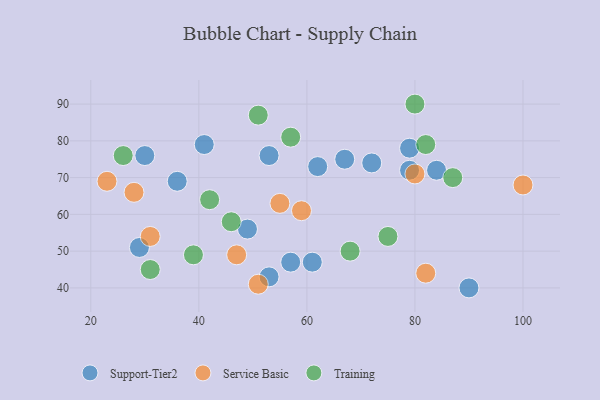
{"axis": {"x": "GDP", "y": "Life Expectancy"}, "legend": ["Service Basic", "Support-Tier2", "Training"], "data": [{"x": "53", "y": 43, "type": "Support-Tier2"}, {"x": "61", "y": 47, "type": "Support-Tier2"}, {"x": "36", "y": 69, "type": "Support-Tier2"}, {"x": "67", "y": 75, "type": "Support-Tier2"}, {"x": "53", "y": 76, "type": "Support-Tier2"}, {"x": "30", "y": 76, "type": "Support-Tier2"}, {"x": "72", "y": 74, "type": "Support-Tier2"}, {"x": "79", "y": 78, "type": "Support-Tier2"}, {"x": "79", "y": 72, "type": "Support-Tier2"}, {"x": "49", "y": 56, "type": "Support-Tier2"}, {"x": "57", "y": 47, "type": "Support-Tier2"}, {"x": "90", "y": 40, "type": "Support-Tier2"}, {"x": "29", "y": 51, "type": "Support-Tier2"}, {"x": "41", "y": 79, "type": "Support-Tier2"}, {"x": "84", "y": 72, "type": "Support-Tier2"}, {"x": "62", "y": 73, "type": "Support-Tier2"}, {"x": "59", "y": 61, "type": "Service Basic"}, {"x": "80", "y": 71, "type": "Service Basic"}, {"x": "47", "y": 49, "type": "Service Basic"}, {"x": "82", "y": 44, "type": "Service Basic"}, {"x": "51", "y": 41, "type": "Service Basic"}, {"x": "28", "y": 66, "type": "Service Basic"}, {"x": "31", "y": 54, "type": "Service Basic"}, {"x": "100", "y": 68, "type": "Service Basic"}, {"x": "23", "y": 69, "type": "Service Basic"}, {"x": "55", "y": 63, "type": "Service Basic"}, {"x": "31", "y": 45, "type": "Training"}, {"x": "26", "y": 76, "type": "Training"}, {"x": "82", "y": 79, "type": "Training"}, {"x": "80", "y": 90, "type": "Training"}, {"x": "57", "y": 81, "type": "Training"}, {"x": "46", "y": 58, "type": "Training"}, {"x": "68", "y": 50, "type": "Training"}, {"x": "42", "y": 64, "type": "Training"}, {"x": "39", "y": 49, "type": "Training"}, {"x": "51", "y": 87, "type": "Training"}, {"x": "87", "y": 70, "type": "Training"}, {"x": "75", "y": 54, "type": "Training"}]}